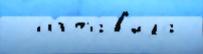
  соста́в'ила